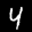
Label: 4